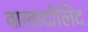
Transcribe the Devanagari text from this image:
वालादोलिद